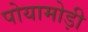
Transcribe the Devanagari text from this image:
पोयामोड़ी